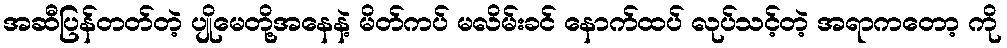
အဆီပြန်တတ်တဲ့ ပျိုမေတို့အနေနဲ့ မိတ်ကပ် မလိမ်းခင် နောက်ထပ် လုပ်သင့်တဲ့ အရာကတော့ ကို